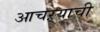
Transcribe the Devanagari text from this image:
आचऱ्याची